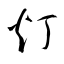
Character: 灯